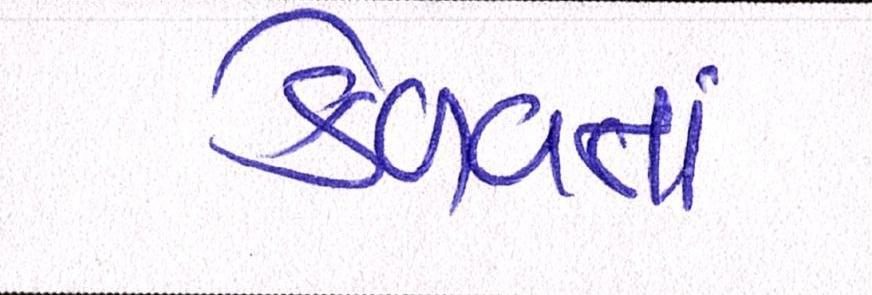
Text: કેળવતા